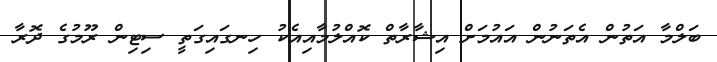
ބަލްމާ އަތުން އެތަނުން އައުމަށް އިޝާރާތް ކޮއްލުމާއިއެކު ހިނގައިގަތީ ސިޓިން ރޫމުގެ ދޮރާ